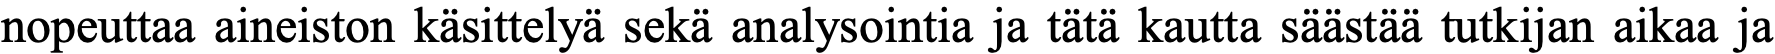
nopeuttaa aineiston käsittelyä sekä analysointia ja tätä kautta säästää tutkijan aikaa ja